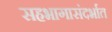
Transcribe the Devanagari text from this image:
सहभागासंदर्भात